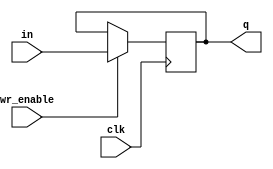
module PC
(
output reg	q,
input		in,
input		wr_enable,
input		clk
);
    initial begin
      q <= 0;
    end

    always @(posedge clk) begin
        if (wr_enable) begin
            q <= in;
        end
    end
endmodule